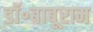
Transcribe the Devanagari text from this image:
डॉ॰बाबूराम